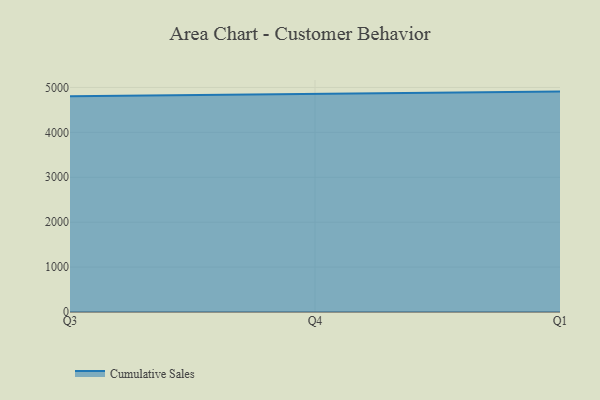
{"axis": {"x": "Quarter", "y": "Latency (ms)"}, "legend": ["Cumulative Sales"], "data": [{"x": "Q3", "y": 4802.3, "type": "Cumulative Sales"}, {"x": "Q4", "y": 4851.5, "type": "Cumulative Sales"}, {"x": "Q1", "y": 4908.3, "type": "Cumulative Sales"}]}